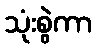
သုံးစွဲကာ